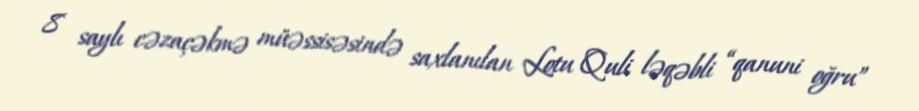
8 saylı cəzaçəkmə müəssisəsində saxlanılan Lotu Quli ləqəbli “qanuni oğru”